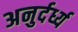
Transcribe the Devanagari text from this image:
अनुर्दर्ध्य